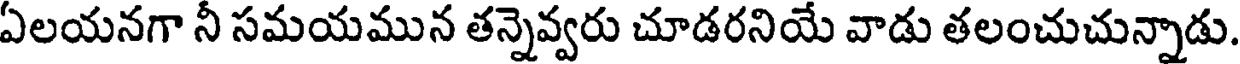
ఏలయనగా నీ సమయమున తన్నెవ్వరు చూడరనియే వాడు తలంచుచున్నాడు.